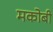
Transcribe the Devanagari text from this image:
मकोबी